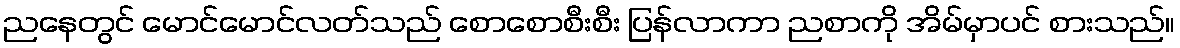
ညနေတွင် မောင်မောင်လတ်သည် စောစောစီးစီး ပြန်လာကာ ညစာကို အိမ်မှာပင် စားသည်။